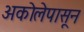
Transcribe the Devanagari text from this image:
अकोलेपासून